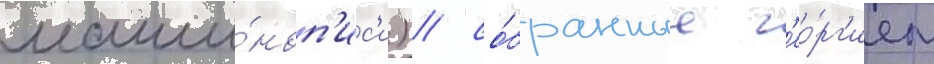
маши́ноп'ис'и) / со́бранные г'ео́рг'ием